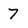
Character: 7